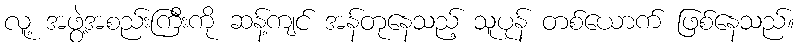
လူ့ အဖွဲ့အစည်းကြီးကို ဆန့်ကျင် အန်တုနေသည့် သူပုန် တစ်ယောက် ဖြစ်နေသည်။